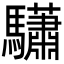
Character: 𩧓